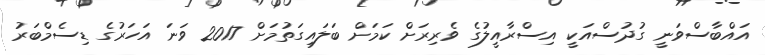
އައްބާސްވަނީ ގުދުސްއަކީ އިސްރާއީލުގެ ވެރިރަށް ކަމަށް ބަލައިގަތުމަށް 2017 ވަނަ އަހަރުގެ ޑިސެމްބަރު